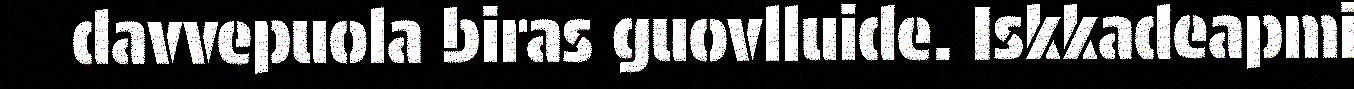
davvepuola biras guovlluide. Iskkadeapmi